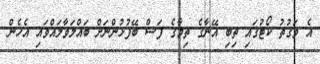
އެ ވަގުތު ކޯޓުގައި ތިބި އޭނާގެ ތިމާގެ ފަސް ބޭފުޅުންނަށް ބައްލަވާލައްވައި އެހެން